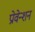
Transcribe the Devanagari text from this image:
प्रोवेन्शन